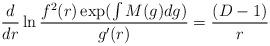
LaTeX: \begin{align*}\frac{d}{dr}\ln\frac{f^{2}(r)\exp(\int M(g)dg)}{g^{\prime}(r)}=\frac{(D-1)}{r}\end{align*}